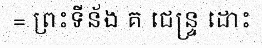
= ព្រះទីន័ង គ ជេន្ទ្រ ដោះ